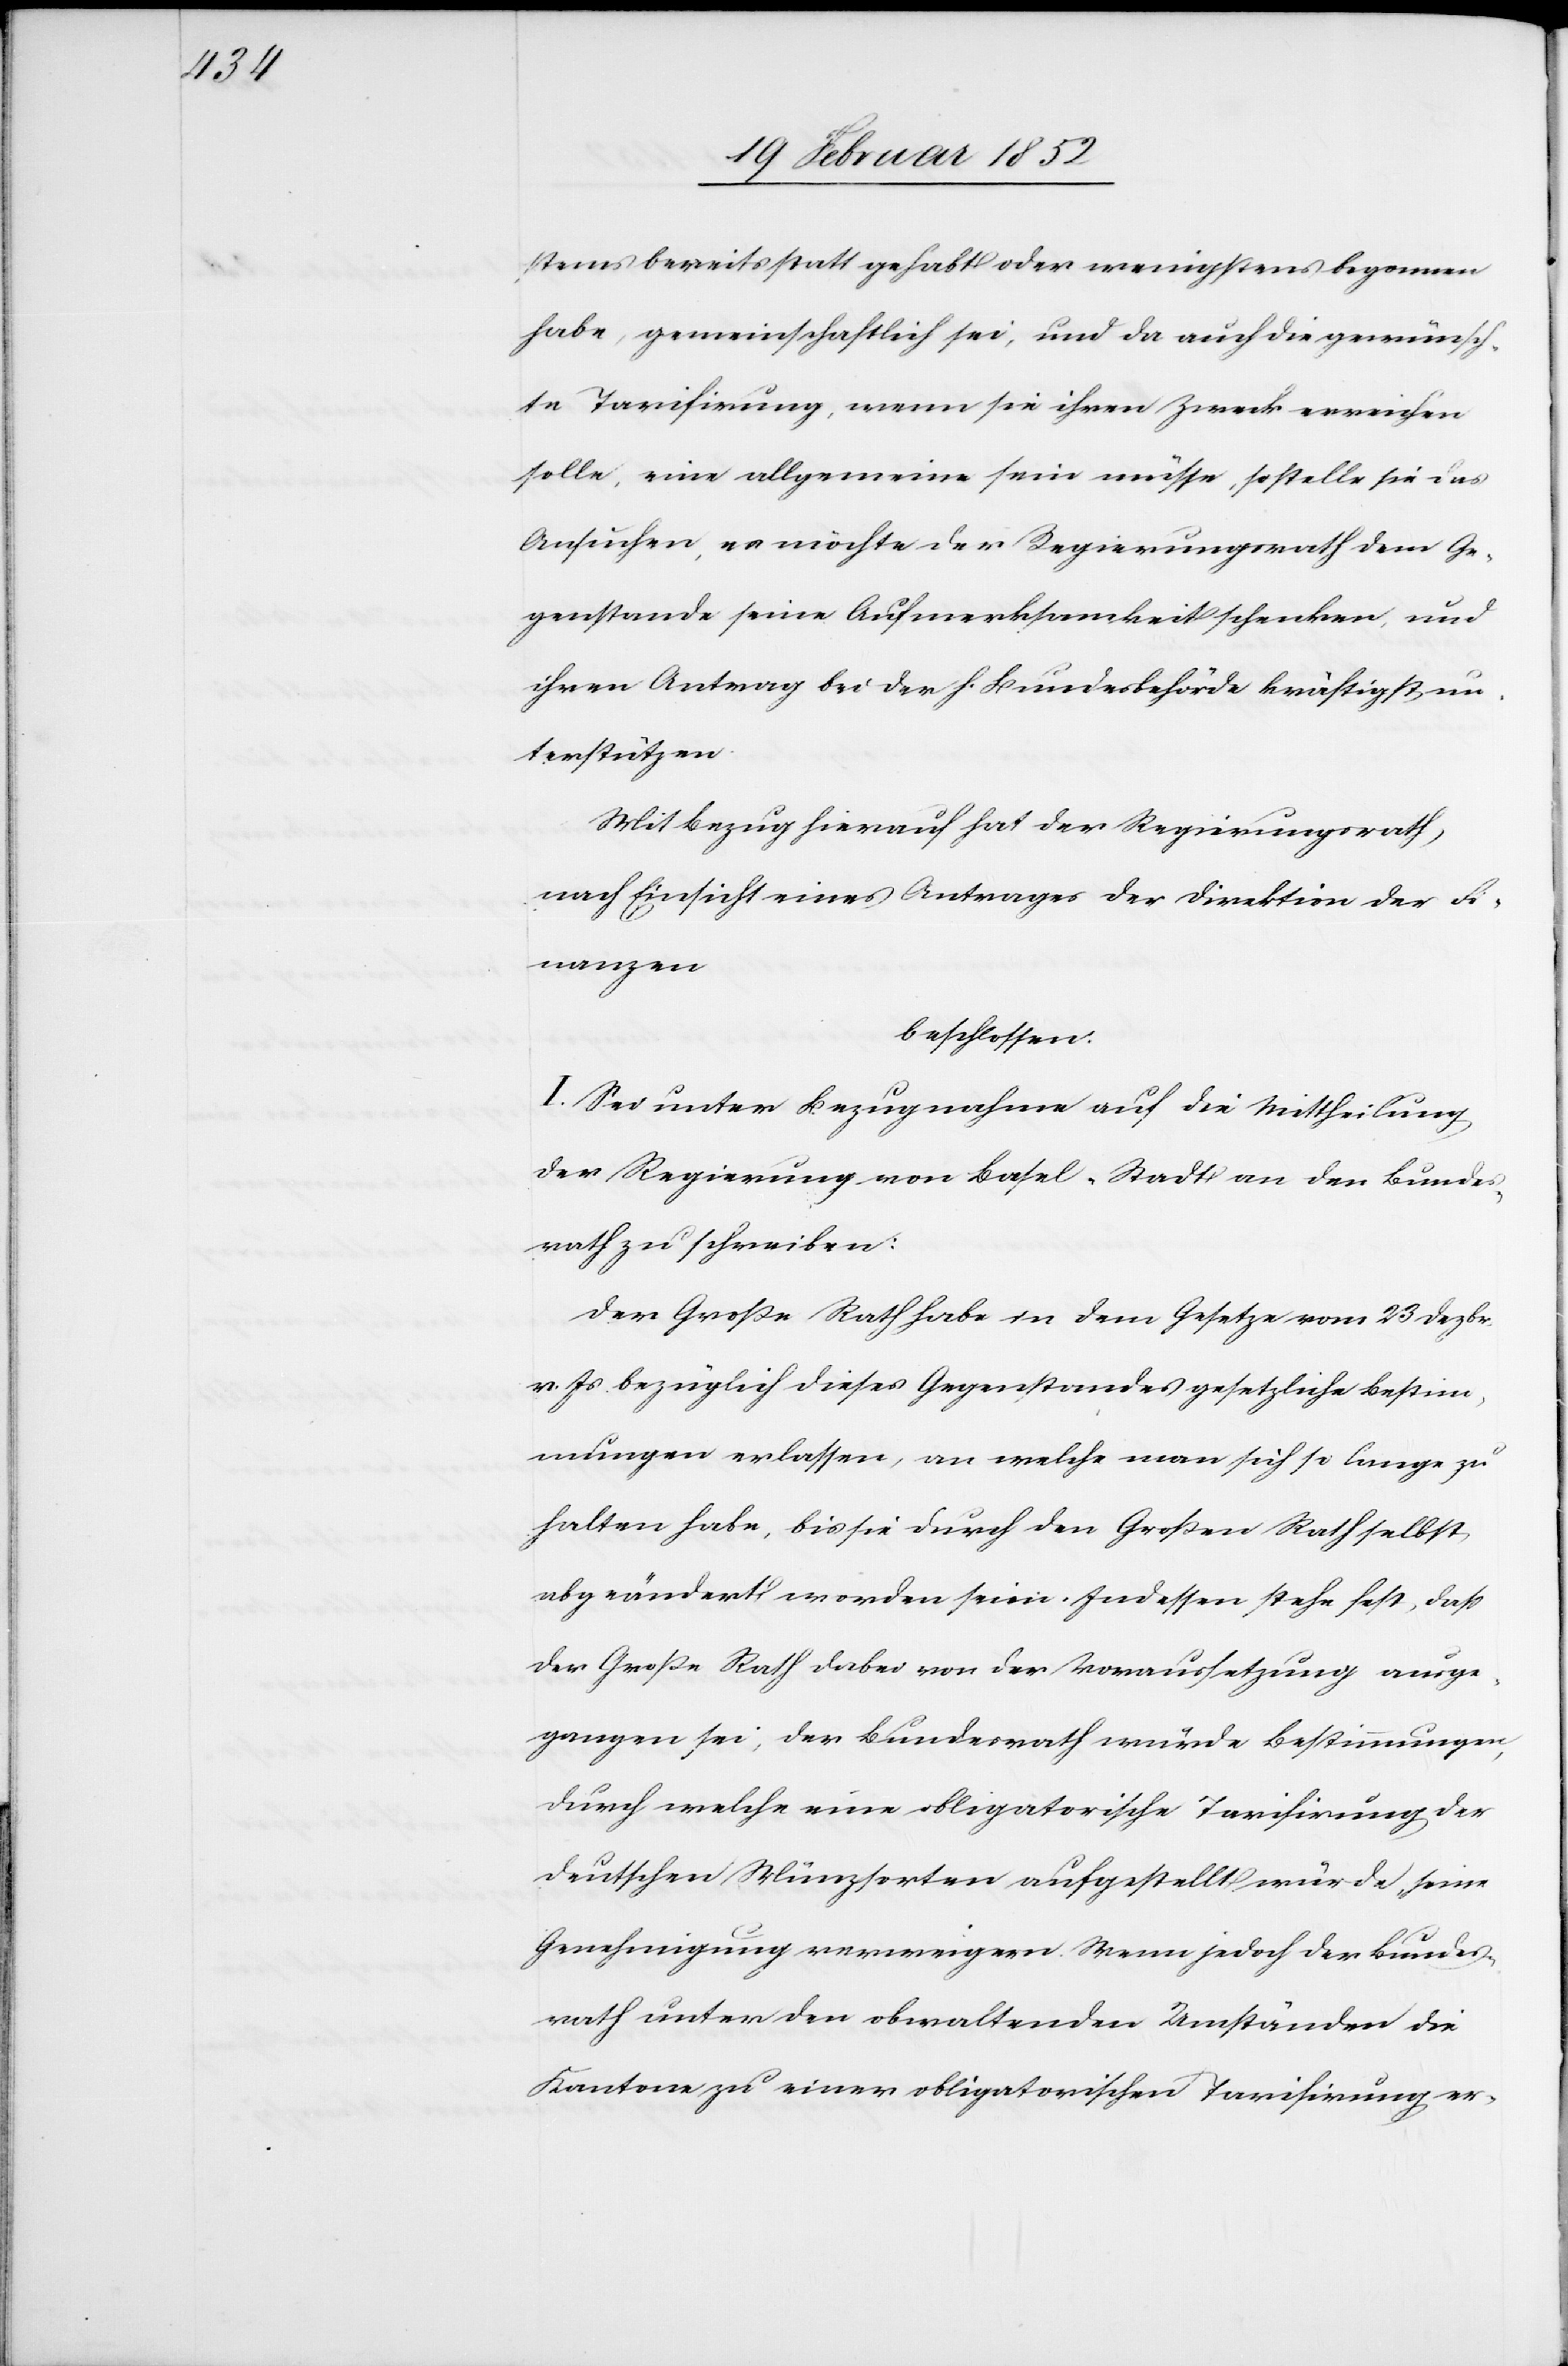
stems bereits statt gehabt oder wenigsten begonnen
habe, gemeinschaftlich sei, und da auch die gewünsch¬
te Tarifierung, wenn sie ihren Zweck erreichen
solle, eine allgemeine sein müsse, so stelle sie das
Ansuchen, es möchte der Regierungsrath dem Ge¬
genstande seine Aufmerksamkeit schenken, und
ihren Antrag bei der h. Bundesbehörde kräftigst un¬
terstützen.
Mit Bezug hierauf hat der Regierungsrath,
nach Einsicht eines Antrages der Direktion der Fi¬
nanzen
beschlossen:
I. Sei unter Bezugnahme auf die Mittheilung
der Regierung von Basel-Stadt an den Bundes¬
rath zu schreiben:
Der Groß Rath habe in dem Gesetze vom 23 Dezbr.
v. Js bezüglich dieses Gegenstandes gesetzliche Bestim¬
mungen erlassen, an welche man sich so lange zu
halten habe, bis sie durch den Großen Rath selbst
abgeändert worden seien. Indessen stehe fest, daß
der Große Rath dabei von der Voraussetzung ausge¬
gangen sei, der Bundesrath würde Bestimmungen,
durch welche eine obligatorische Tarifierung der
deutschen Münzsorten aufgestellt wurde, seine
Genehmigung verweigern. Wenn jedoch der Bundes¬
rath unter den obwaltenden Umständen die
Kantone zu einer obligatorischen Tarifierung er-